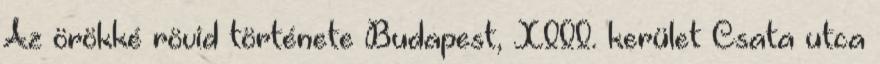
Az örökké rövid története Budapest, XIII. kerület Csata utca